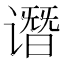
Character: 谮